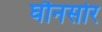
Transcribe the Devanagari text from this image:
घौनसोर